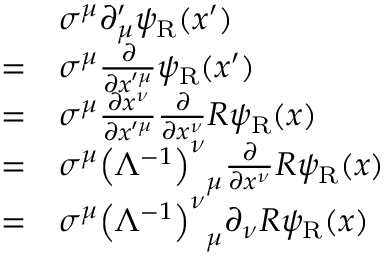
{ \begin{array} { r l } & { \sigma ^ { \mu } \partial _ { \mu } ^ { \prime } \psi _ { \mathrm { { R } } } ( x ^ { \prime } ) } \\ { = } & { \sigma ^ { \mu } { \frac { \partial } { \partial x ^ { \prime \mu } } } \psi _ { \mathrm { { R } } } ( x ^ { \prime } ) } \\ { = } & { \sigma ^ { \mu } { \frac { \partial x ^ { \nu } } { \partial x ^ { \prime \mu } } } { \frac { \partial } { \partial x ^ { \nu } } } R \psi _ { \mathrm { { R } } } ( x ) } \\ { = } & { \sigma ^ { \mu } { \left( \Lambda ^ { - 1 } \right) ^ { \nu } } _ { \mu } { \frac { \partial } { \partial x ^ { \nu } } } R \psi _ { \mathrm { { R } } } ( x ) } \\ { = } & { \sigma ^ { \mu } { \left( \Lambda ^ { - 1 } \right) ^ { \nu } } _ { \mu } \partial _ { \nu } R \psi _ { \mathrm { { R } } } ( x ) } \end{array} }